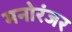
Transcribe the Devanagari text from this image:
मनोरंजर